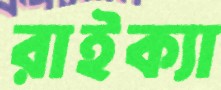
রাইক্যা